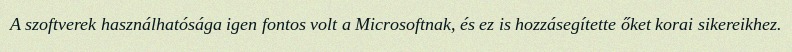
A szoftverek használhatósága igen fontos volt a Microsoftnak, és ez is hozzásegítette őket korai sikereikhez.